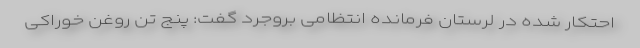
احتکار شده در لرستان فرمانده انتظامی بروجرد گفت: پنج تن روغن خوراکی